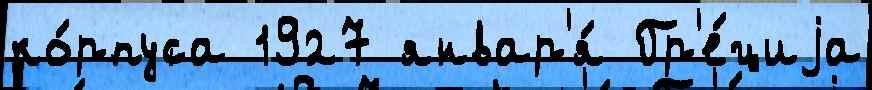
ко́рпуса 1927 январ'я́ Гр'е́циjа